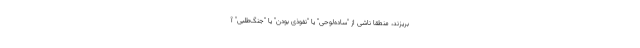
بریزند، منطقا ناشی از "ساده‌لوحی" یا "نفوذی بودن" یا "جنگ‌طلبی" آ